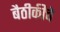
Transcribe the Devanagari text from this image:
बैठीकीचे